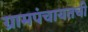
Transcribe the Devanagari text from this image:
ग्रामपंचायतची